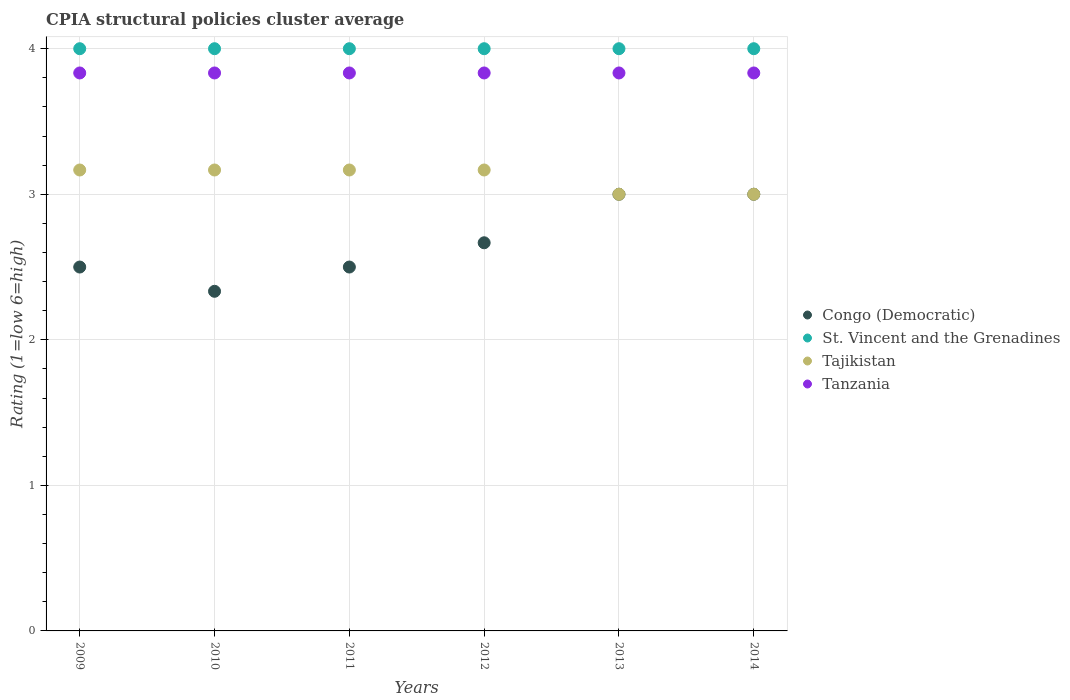
| Years | Congo (Democratic) | St. Vincent and the Grenadines | Tajikistan | Tanzania |
 | --- | --- | --- | --- | --- |
 | 2009 | 2.5 | 4 | 3.17 | 3.83 |
 | 2010 | 2.33 | 4 | 3.17 | 3.83 |
 | 2011 | 2.5 | 4 | 3.17 | 3.83 |
 | 2012 | 2.67 | 4 | 3.17 | 3.83 |
 | 2013 | 3 | 4 | 3 | 3.83 |
 | 2014 | 3 | 4 | 3 | 3.83 |